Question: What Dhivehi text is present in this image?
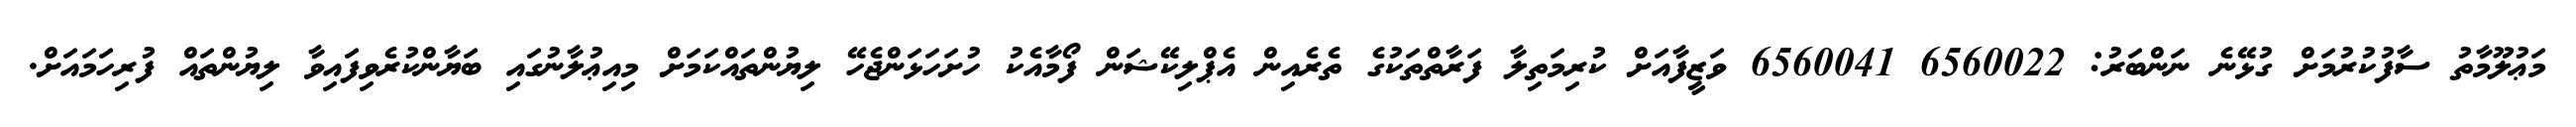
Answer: މަޢުލޫމާތު ސާފުކުރުމަށް ގުޅޭނެ ނަންބަރު: 6560022 6560041 ވަޒީފާއަށް ކުރިމަތިލާ ފަރާތްތަކުގެ ތެރެއިން އެޕްލިކޭޝަން ފޯމާއެކު ހުށަހަޅަންޖެހޭ ލިޔުންތައްކަމަށް މިއިޢުލާނުގައި ބަޔާންކުރެވިފައިވާ ލިޔުންތައް ފުރިހަމައަށް.